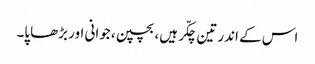
اس کے اندر تین چکّر ہیں، بچپن، جوانی اور بڑھاپا۔